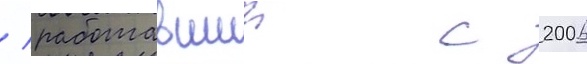
/ работавшии с 2006